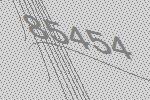
85454